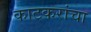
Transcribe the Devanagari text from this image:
काटकरांचा